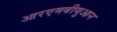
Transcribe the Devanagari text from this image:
आरएमबीयुआन